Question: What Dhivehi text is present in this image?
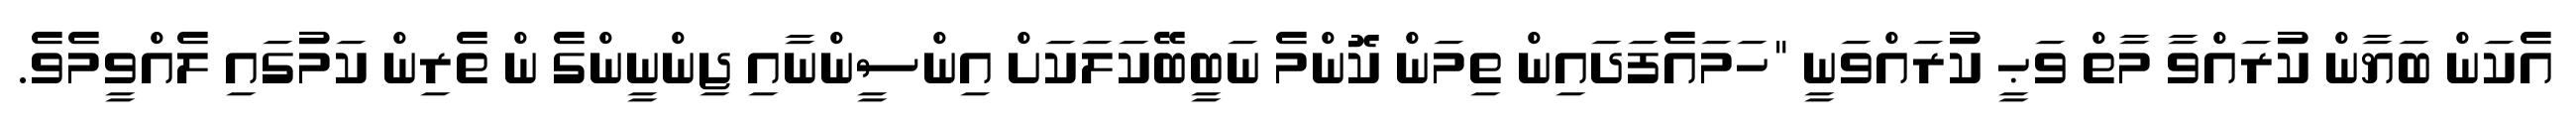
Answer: އެކަން ބަޔާން ކުރައްވާ މާތް ވަޙީ ކުރައްވަނީ "ހަމައެފަދައިން ތިމަން ކޮންމެ ނަބީބޭކަލަކަށް އިންސީންނާއި ޖިންނީންގެ ން ތެރިން ކަމުގައި ލެއްވީމެވެ.